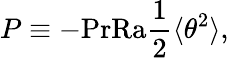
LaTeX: P\equiv-\textrm{PrRa}\frac{1}{2}\langle\theta^{2}\rangle,